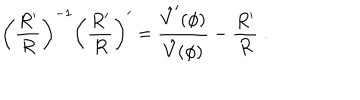
LaTeX: \left( { \frac { R ^ { \prime } } { R } } \right) ^ { - 1 } \left( { \frac { R ^ { \prime } } { R } } \right) ^ { \prime } = { \frac { \hat { V } ^ { \prime } ( \phi ) } { \hat { V } ( \phi ) } } - { \frac { R ^ { \prime } } { R } } \; .